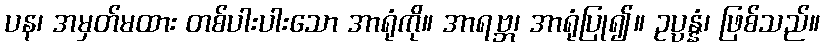
ပန၊ အမှတ်မထား တစ်ပါးပါးသော အာရုံကို။ အာရဗ္ဘ၊ အာရုံပြု၍။ ဥပ္ပန္နံ၊ ဖြစ်သည်။